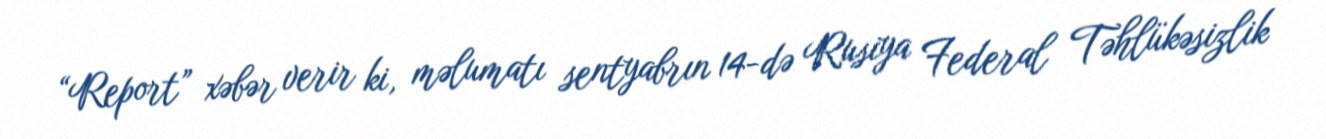
“Report” xəbər verir ki, məlumatı sentyabrın 14-də Rusiya Federal Təhlükəsizlik